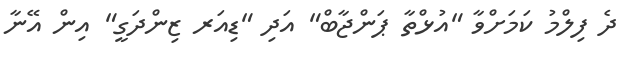
ދެ ފިލްމު ކަމަށްވާ "އުޅްތާ ޕަންޖާބް" އަދި "ޑިއަރ ޒިންދަގީ" އިން އޭނާ